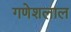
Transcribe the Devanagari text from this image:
गणेशलाल